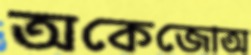
অকেজোঅ